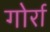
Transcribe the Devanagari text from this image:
गोर्रा